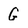
Character: G